Civil Veterinary Department. Madras. Admin. report 1926-33 - 1926-1933
Year: 1926
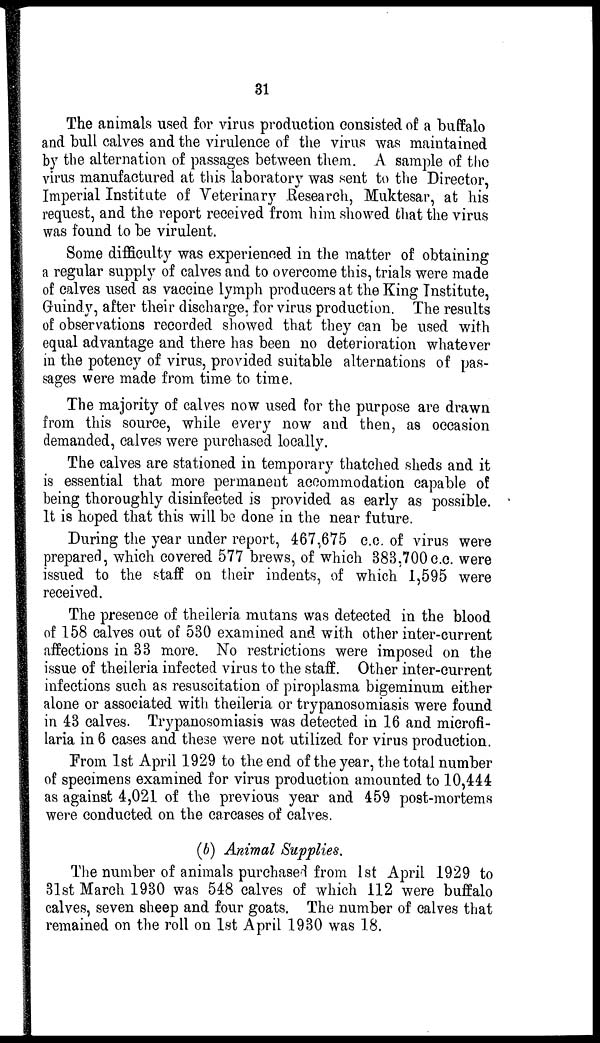
31
The animals used for virus production consisted of a buffalo
and bull calves and the virulence of the virus was maintained
by the alternation of passages between them. A sample of the
virus manufactured at this laboratory was sent to the Director,
Imperial Institute of Veterinary Research, Muktesar, at his
request, and the report received from him showed that the virus
was found to be virulent.
Some difficulty was experienced in the matter of obtaining
a regular supply of calves and to overcome this, trials were made
of calves used as vaccine lymph producers at the King Institute,
Guindy, after their discharge, for virus production. The results
of observations recorded showed that they can be used with
equal advantage and there has been no deterioration whatever
in the potency of virus, provided suitable alternations of pas-
sages were made from time to time.
The majority of calves now used for the purpose are drawn
from this source, while every now and then, as occasion
demanded, calves were purchased locally.
The calves are stationed in temporary thatched sheds and it
is essential that more permanent accommodation capable of
being thoroughly disinfected is provided as early as possible.
It is hoped that this will be done in the near future.
During the year under report, 467,675 c.c. of virus were
prepared, which covered 577 brews, of which 383,700c.c. were
issued to the staff on their indents, of which 1,595 were
received.
The presence of theileria mutans was detected in the blood
of 158 calves out of 530 examined and with other inter-current
affections in 33 more. No restrictions were imposed on the
issue of theileria infected virus to the staff. Other inter-current
infections such as resuscitation of piroplasma bigeminum either
alone or associated with theileria or trypanosomiasis were found
in 43 calves. Trypanosomiasis was detected in 16 and microfi-
laria in 6 cases and these were not utilized for virus production.
From 1st April 1929 to the end of the year, the total number
of specimens examined for virus production amounted to 10,444
as against 4,021 of the previous year and 459 post-mortems
were conducted on the carcases of calves.
(b) Animal Supplies.
The number of animals purchased from 1st April 1929 to
31st March 1930 was 548 calves of which 112 were buffalo
calves, seven sheep and four goats. The number of calves that
remained on the roll on 1st April 1930 was 18.